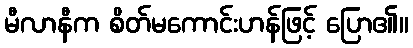
မီလာနီက စိတ်မကောင်းဟန်ဖြင့် ပြော၏။